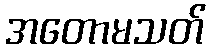
အတောမသတ်